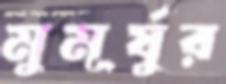
মুমূর্ষুর